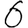
Digit: 6